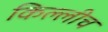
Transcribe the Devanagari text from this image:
किल्लीच